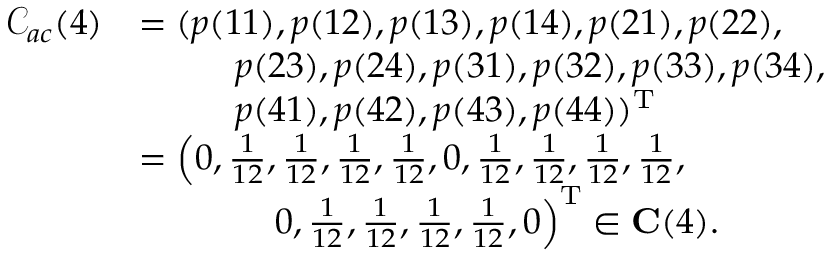
\begin{array} { r l } { \mathcal { C } _ { a c } ( 4 ) } & { = ( p ( 1 1 ) , p ( 1 2 ) , p ( 1 3 ) , p ( 1 4 ) , p ( 2 1 ) , p ( 2 2 ) , } \\ & { ~ ~ ~ ~ ~ ~ ~ ~ p ( 2 3 ) , p ( 2 4 ) , p ( 3 1 ) , p ( 3 2 ) , p ( 3 3 ) , p ( 3 4 ) , } \\ & { ~ ~ ~ ~ ~ ~ ~ ~ p ( 4 1 ) , p ( 4 2 ) , p ( 4 3 ) , p ( 4 4 ) ) ^ { \mathrm { T } } } \\ & { = \left( 0 , \frac { 1 } { 1 2 } , \frac { 1 } { 1 2 } , \frac { 1 } { 1 2 } , \frac { 1 } { 1 2 } , 0 , \frac { 1 } { 1 2 } , \frac { 1 } { 1 2 } , \frac { 1 } { 1 2 } , \frac { 1 } { 1 2 } , \right. } \\ & { ~ ~ ~ ~ ~ ~ ~ ~ ~ ~ ~ \left. 0 , \frac { 1 } { 1 2 } , \frac { 1 } { 1 2 } , \frac { 1 } { 1 2 } , \frac { 1 } { 1 2 } , 0 \right) ^ { \mathrm { T } } \in \mathbf { C } ( 4 ) . } \end{array}